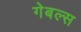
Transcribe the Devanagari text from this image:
गेबल्स